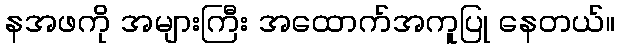
နအဖကို အများကြီး အထောက်အကူပြု နေတယ်။